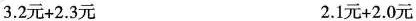
3.2元+2.3元 2.1元+2.0元